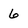
Character: 6